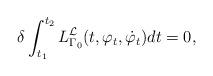
LaTeX: \begin{align*}\delta\int_{t_1}^{t_2}L^\mathcal{L}_{\Gamma_0}(t,\varphi_t,\dot\varphi_t)dt=0,\end{align*}